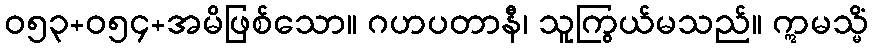
ဝ၅၃+၀၅၄+အမိဖြစ်သော။ ဂဟပတာနီ၊ သူကြွယ်မသည်။ ဣမသ္မိံ